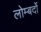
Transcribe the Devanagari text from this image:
लोम्बर्दो